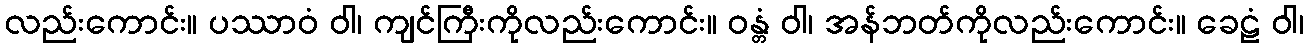
လည်းကောင်း။ ပဿာဝံ ဝါ၊ ကျင်ကြီးကိုလည်းကောင်း။ ဝန္တံ ဝါ၊ အန်ဘတ်ကိုလည်းကောင်း။ ခေဠံ ဝါ၊